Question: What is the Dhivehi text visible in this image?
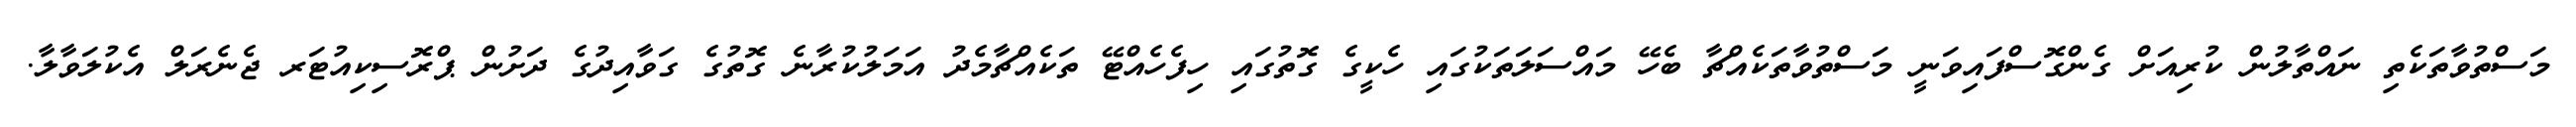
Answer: މަސްތުވާތަކެތި ނައްތާލުން ކުރިއަށް ގެންގޮސްފައިވަނީ މަސްތުވާތަކެއްޗާ ބެހޭ މައްސަލަތަކުގައި ހެކީގެ ގޮތުގައި ހިފެހެއްޓޭ ތަކެއްޗާމެދު އަމަލުކުރާނެ ގޮތުގެ ގަވާއިދުގެ ދަށުން ޕްރޮސިކިއުޓަރ ޖެނެރަލް އެކުލަވާލާ.